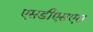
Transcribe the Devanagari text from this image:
एसडीएसएस